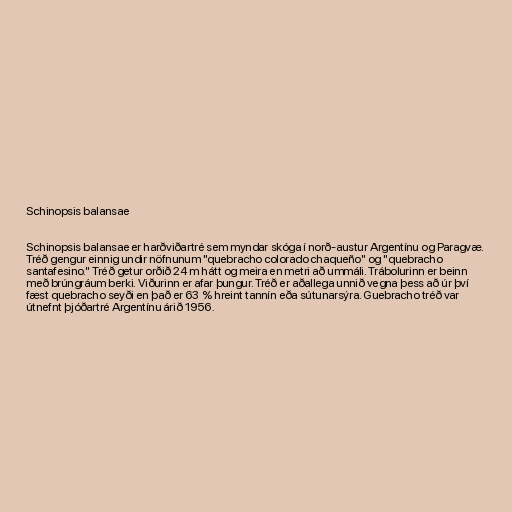
Schinopsis balansae

Schinopsis balansae er harðviðartré sem myndar skóga í norð-austur Argentínu og Paragvæ.
Tréð gengur einnig undir nöfnunum "quebracho colorado chaqueño" og "quebracho
santafesino." Tréð getur orðið 24 m hátt og meira en metri að ummáli. Trábolurinn er beinn
með brúngráum berki. Viðurinn er afar þungur. Tréð er aðallega unnið vegna þess að úr því
fæst quebracho seyði en það er 63 % hreint tannín eða sútunarsýra. Guebracho tréð var
útnefnt þjóðartré Argentínu árið 1956.